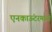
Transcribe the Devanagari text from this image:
एनकाऊंटरमध्ये